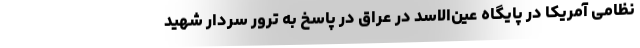
نظامی آمریکا در پایگاه عین‌الاسد در عراق در پاسخ به ترور سردار شهید